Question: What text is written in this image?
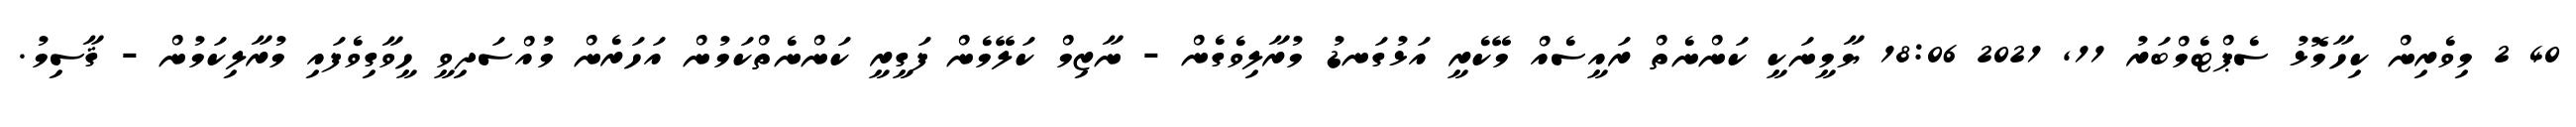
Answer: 40 2 މިވެރިން ކިހާމޮޅު ސެޕްޓެމްބަރު 11, 2021 18:06 ޔާމީނަކީ ކަންނެތް ރައީސެއް މޭކެރީ އަޅުގަނޑު މުރާލިވެގެން - ނާޒިމް ކަލޭމެން ފަގީރީ ކަންނެތްކަމުން އަހަރެން މުއްސަދިވީ ހީވާގިވެފައި މުރާލިކަމުން - ޤާސިމު.